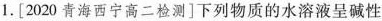
1.[2020青海西宁高二检测]下列物质的水溶液呈碱性